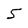
Character: 5